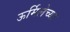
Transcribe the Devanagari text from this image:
ऊर्मिलेच्या